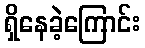
ရှိနေခဲ့ကြောင်း